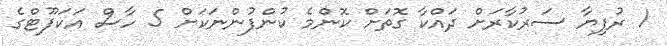
1 ރުފިޔާ ސަރުކާރަށް ދައްކާ ގޮތަށް ކޮންމެ ކުންފުންނަކަށް 5 ހާސް އަކަފޫޓްގެ